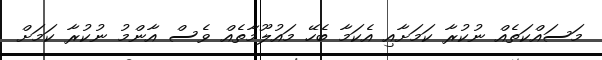
މަސައްކަތެއް ނުކުރާ ކަމަށާއި އެކަމާ ބެހޭ މައުލޫމާތެއް ވެސް އާންމު ނުކުރާ ކަމަށް